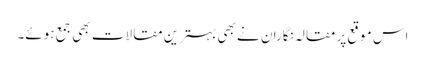
اس موقع پر مقالہ نگاران نے بھی بہترین مقالات بھی جمع ہوئے۔